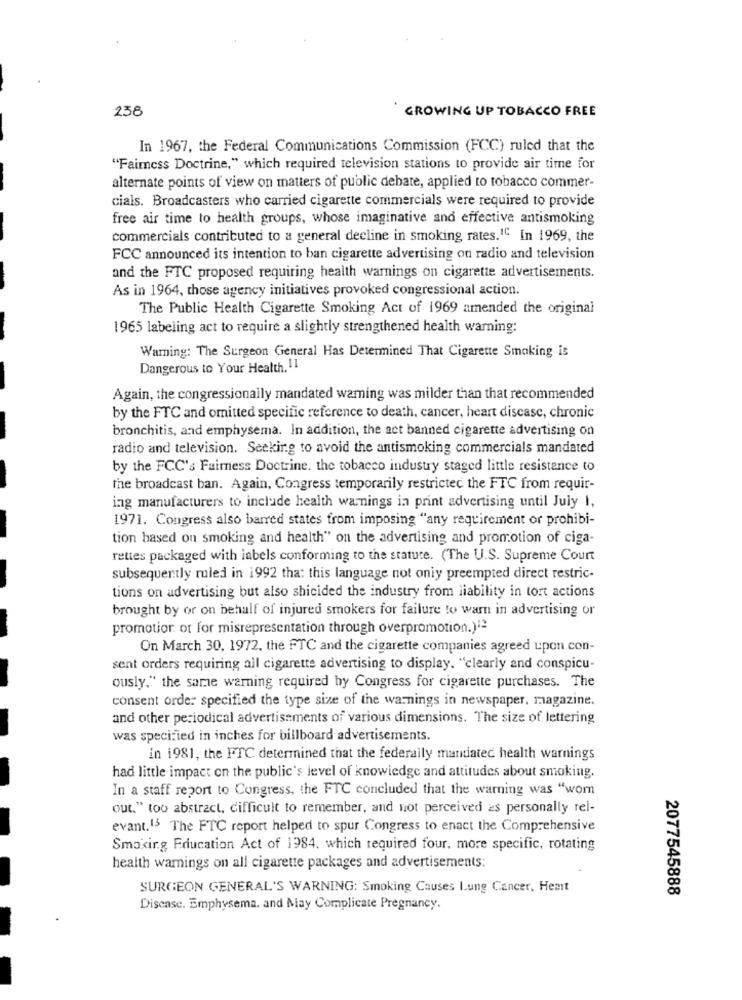
238
GROWING UP TOBACCO FREE
In 1967, the Federal Communications Commission (FCC) ruled that the
"Fairness Doctrine," which required television stations to provide air time for
alternate points of view on matters of public debate, applied to tobacco commer-
cials. Broadcasters who carried cigarette commercials were required to provide
free air time to health groups, whose imaginative and effective antismoking
commercials contributed to a general decline in smoking rates.1C In 1969, the
FCC announced its intention to ban cigarette advertising on radio and television
and the FTC proposed requiring health warnings on cigarette advertisements.
As in 1964, those agency initiatives provoked congressional action.
The Public Health Cigarette Smoking Act of 1969 amended the original
1965 labeling act to require a slightly strengthened health warning:
Warning: The Surgeon General Has Determined That Cigarette Smoking is
Dangerous to Your Health, 11
Again, the congressionally mandated waring was milder than that recommended
by the FTC and omitted specific reference to death, cancer, heart disease, chronic
bronchitis, and emphysema. In addition, the act banned cigarette advertising on
radio and television. Seeking to avoid the antismoking commercials mandated
by the FCC's Fairness Doctrine. the tobacco industry staged little resistance to
the broadcast ban. Again, Congress temporarily restricted the FTC from requir-
ing manufacturers to include health warnings in print advertising until July I,
1971. Congress also barred states from imposing "any requirement or prohibi-
tion based on smoking and health" on the advertising and promotion of ciga-
rettes packaged with labels conforming to the statute. (The U.S. Supreme Court
subsequently ruled in 1992 that this language not only preempted direct restric-
tions on advertising but also shicided the industry from liability in tort actions
brought by or on behalf of injured smokers for failure to warn in advertising or
promotion ot for misrepresentation through overpromotion.)=
On March 30, 1972, the FTC and the cigarette companies agreed upon con-
sent orders requiring all cigarette advertising to display. "clearly and conspicu-
ously." the same warning required by Congress for cigarette purchases. The
consent orde: specified the type size of the warnings in newspaper, magazine.
and other periodical advertisements of various dimensions. The size of lettering
was specified in inches for billboard advertisements.
in 1981, the FTC determined that the federally mandated health warnings
had little impact on the public's level of knowledge and attitudes about smoking.
In a staff report to Congress, the FTC concluded that the warning was "worn
out." too abstract, difficult to remember, and not perceived as personally rei-
evant.13 The FTC report helped to spur Congress to enact the Comprehensive
Smoking Education Act of 1984. which required four, more specific, rotating
health warnings on all cigarette packages and advertisements:
SURGEON GENERAL'S WARNING: Smoking Causes Lung Cancer, Heart
2077545888
Disease. Emphysema. and May Complicate Pregnancy.